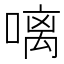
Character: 𠻗